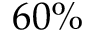
6 0 \%